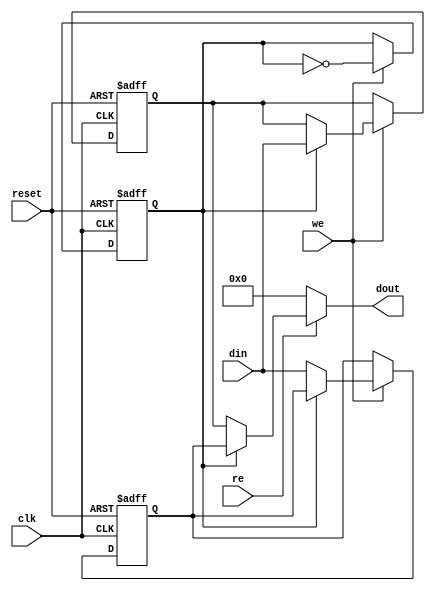
module DoubleBufferRegister (
    input wire clk,       // Clock signal
    input wire reset,     // Reset signal
    input wire we,        // Write Enable
    input wire re,        // Read Enable
    input wire [N-1:0] din, // Data Input
    output reg [N-1:0] dout // Data Output
);
    parameter N = 8; // Width of the data bus

    // Internal registers for the two buffers
    reg [N-1:0] buffer_a;
    reg [N-1:0] buffer_b;
    reg active_buffer; // 0 for buffer_a, 1 for buffer_b

    // Sequential logic for capturing data
    always @(posedge clk or posedge reset) begin
        if (reset) begin
            buffer_a <= {N{1'b0}}; // Initialize buffer A to 0
            buffer_b <= {N{1'b0}}; // Initialize buffer B to 0
            active_buffer <= 1'b0;  // Start with buffer A active
        end else begin
            if (we) begin
                // Write to the inactive buffer
                if (active_buffer == 1'b0) begin
                    buffer_a <= din; // Write to buffer A
                end else begin
                    buffer_b <= din; // Write to buffer B
                end
                // Toggle the active buffer
                active_buffer <= ~active_buffer;
            end
        end
    end

    // Combinational logic for output
    always @(*) begin
        if (re) begin
            // Output the currently active buffer
            if (active_buffer == 1'b0) begin
                dout = buffer_b; // Read from buffer B when A is active
            end else begin
                dout = buffer_a; // Read from buffer A when B is active
            end
        end else begin
            dout = {N{1'b0}}; // If RE is low, output zero (or could be held)
        end
    end

endmodule